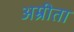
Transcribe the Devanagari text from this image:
अम्रीता